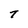
Character: T